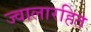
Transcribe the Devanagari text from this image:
ज्वालारहित